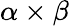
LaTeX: \alpha\times\beta